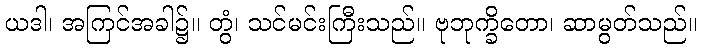
ယဒါ၊ အကြင်အခါ၌။ တွံ၊ သင်မင်းကြီးသည်။ ဗုဘုက္ခိတော၊ ဆာမွတ်သည်။